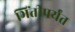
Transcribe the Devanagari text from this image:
भिंतीपर्यंत